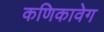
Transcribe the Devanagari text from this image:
कणिकावेग